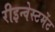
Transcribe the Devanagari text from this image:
रीइन्वेस्टमेंट